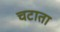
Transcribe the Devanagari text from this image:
चटाता